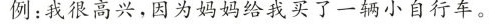
例：我很高兴，因为妈妈给我买了一辆小自行车。